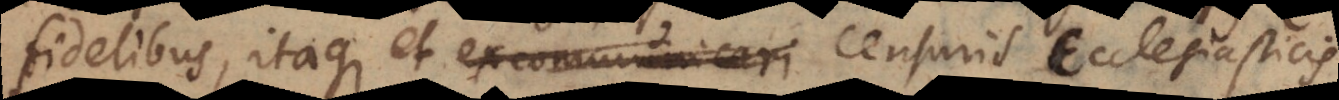
fidelibus, itaque et excommunicari censuris Ecclesiasticis